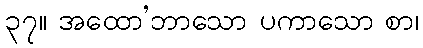
၃၇။ အထော’ဘာသော ပကာသော စာ၊